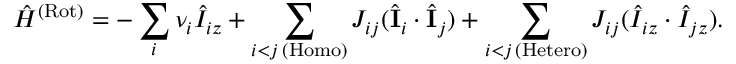
\hat { H } ^ { \mathrm { ( R o t ) } } = - \sum _ { i } \nu _ { i } \hat { I } _ { i z } + \sum _ { \substack { i < j \, \mathrm { ( H o m o ) } } } J _ { i j } ( \hat { \mathbf { I } } _ { i } \cdot \hat { \mathbf { I } } _ { j } ) + \sum _ { \substack { i < j \, \mathrm { ( H e t e r o ) } } } J _ { i j } ( \hat { I } _ { i z } \cdot \hat { I } _ { j z } ) .